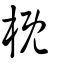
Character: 概